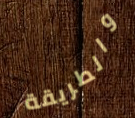
والطريقة